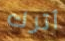
أترك